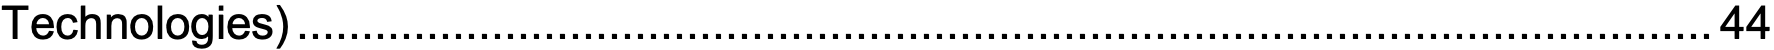
Technologies).............................................................................................................44